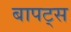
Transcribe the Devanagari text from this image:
बापट्स